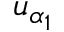
u _ { \alpha _ { 1 } }